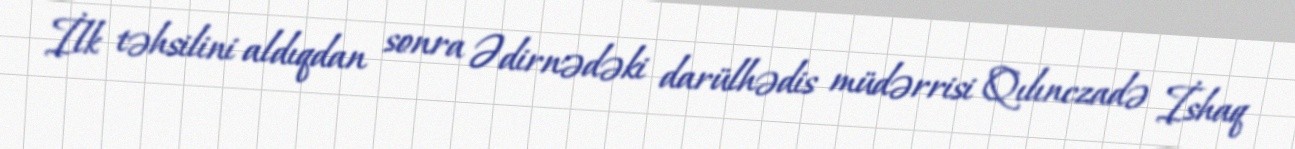
İlk təhsilini aldıqdan sonra Ədirnədəki darülhədis müdərrisi Qılınczadə İshaq